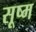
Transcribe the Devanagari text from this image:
सूष्म